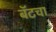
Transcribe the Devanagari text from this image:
बॅटचा